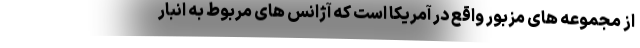
از مجموعه های مزبور واقع در آمریکا است که آژانس های مربوط به انبار